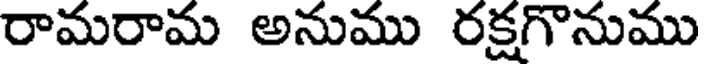
రామరామ అనుము రక్షగొనుము